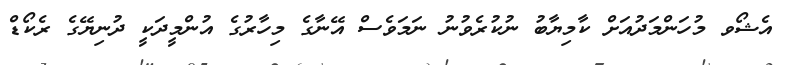
އެޝޯވ މުހަންމަދުއަށް ކާމިޔާބު ނުކުރެވުނު ނަމަވެސް އޭނާގެ މިހާރުގެ އުންމީދަކީ ދުނިޔޭގެ ރެކޯޑް